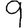
Digit: 9